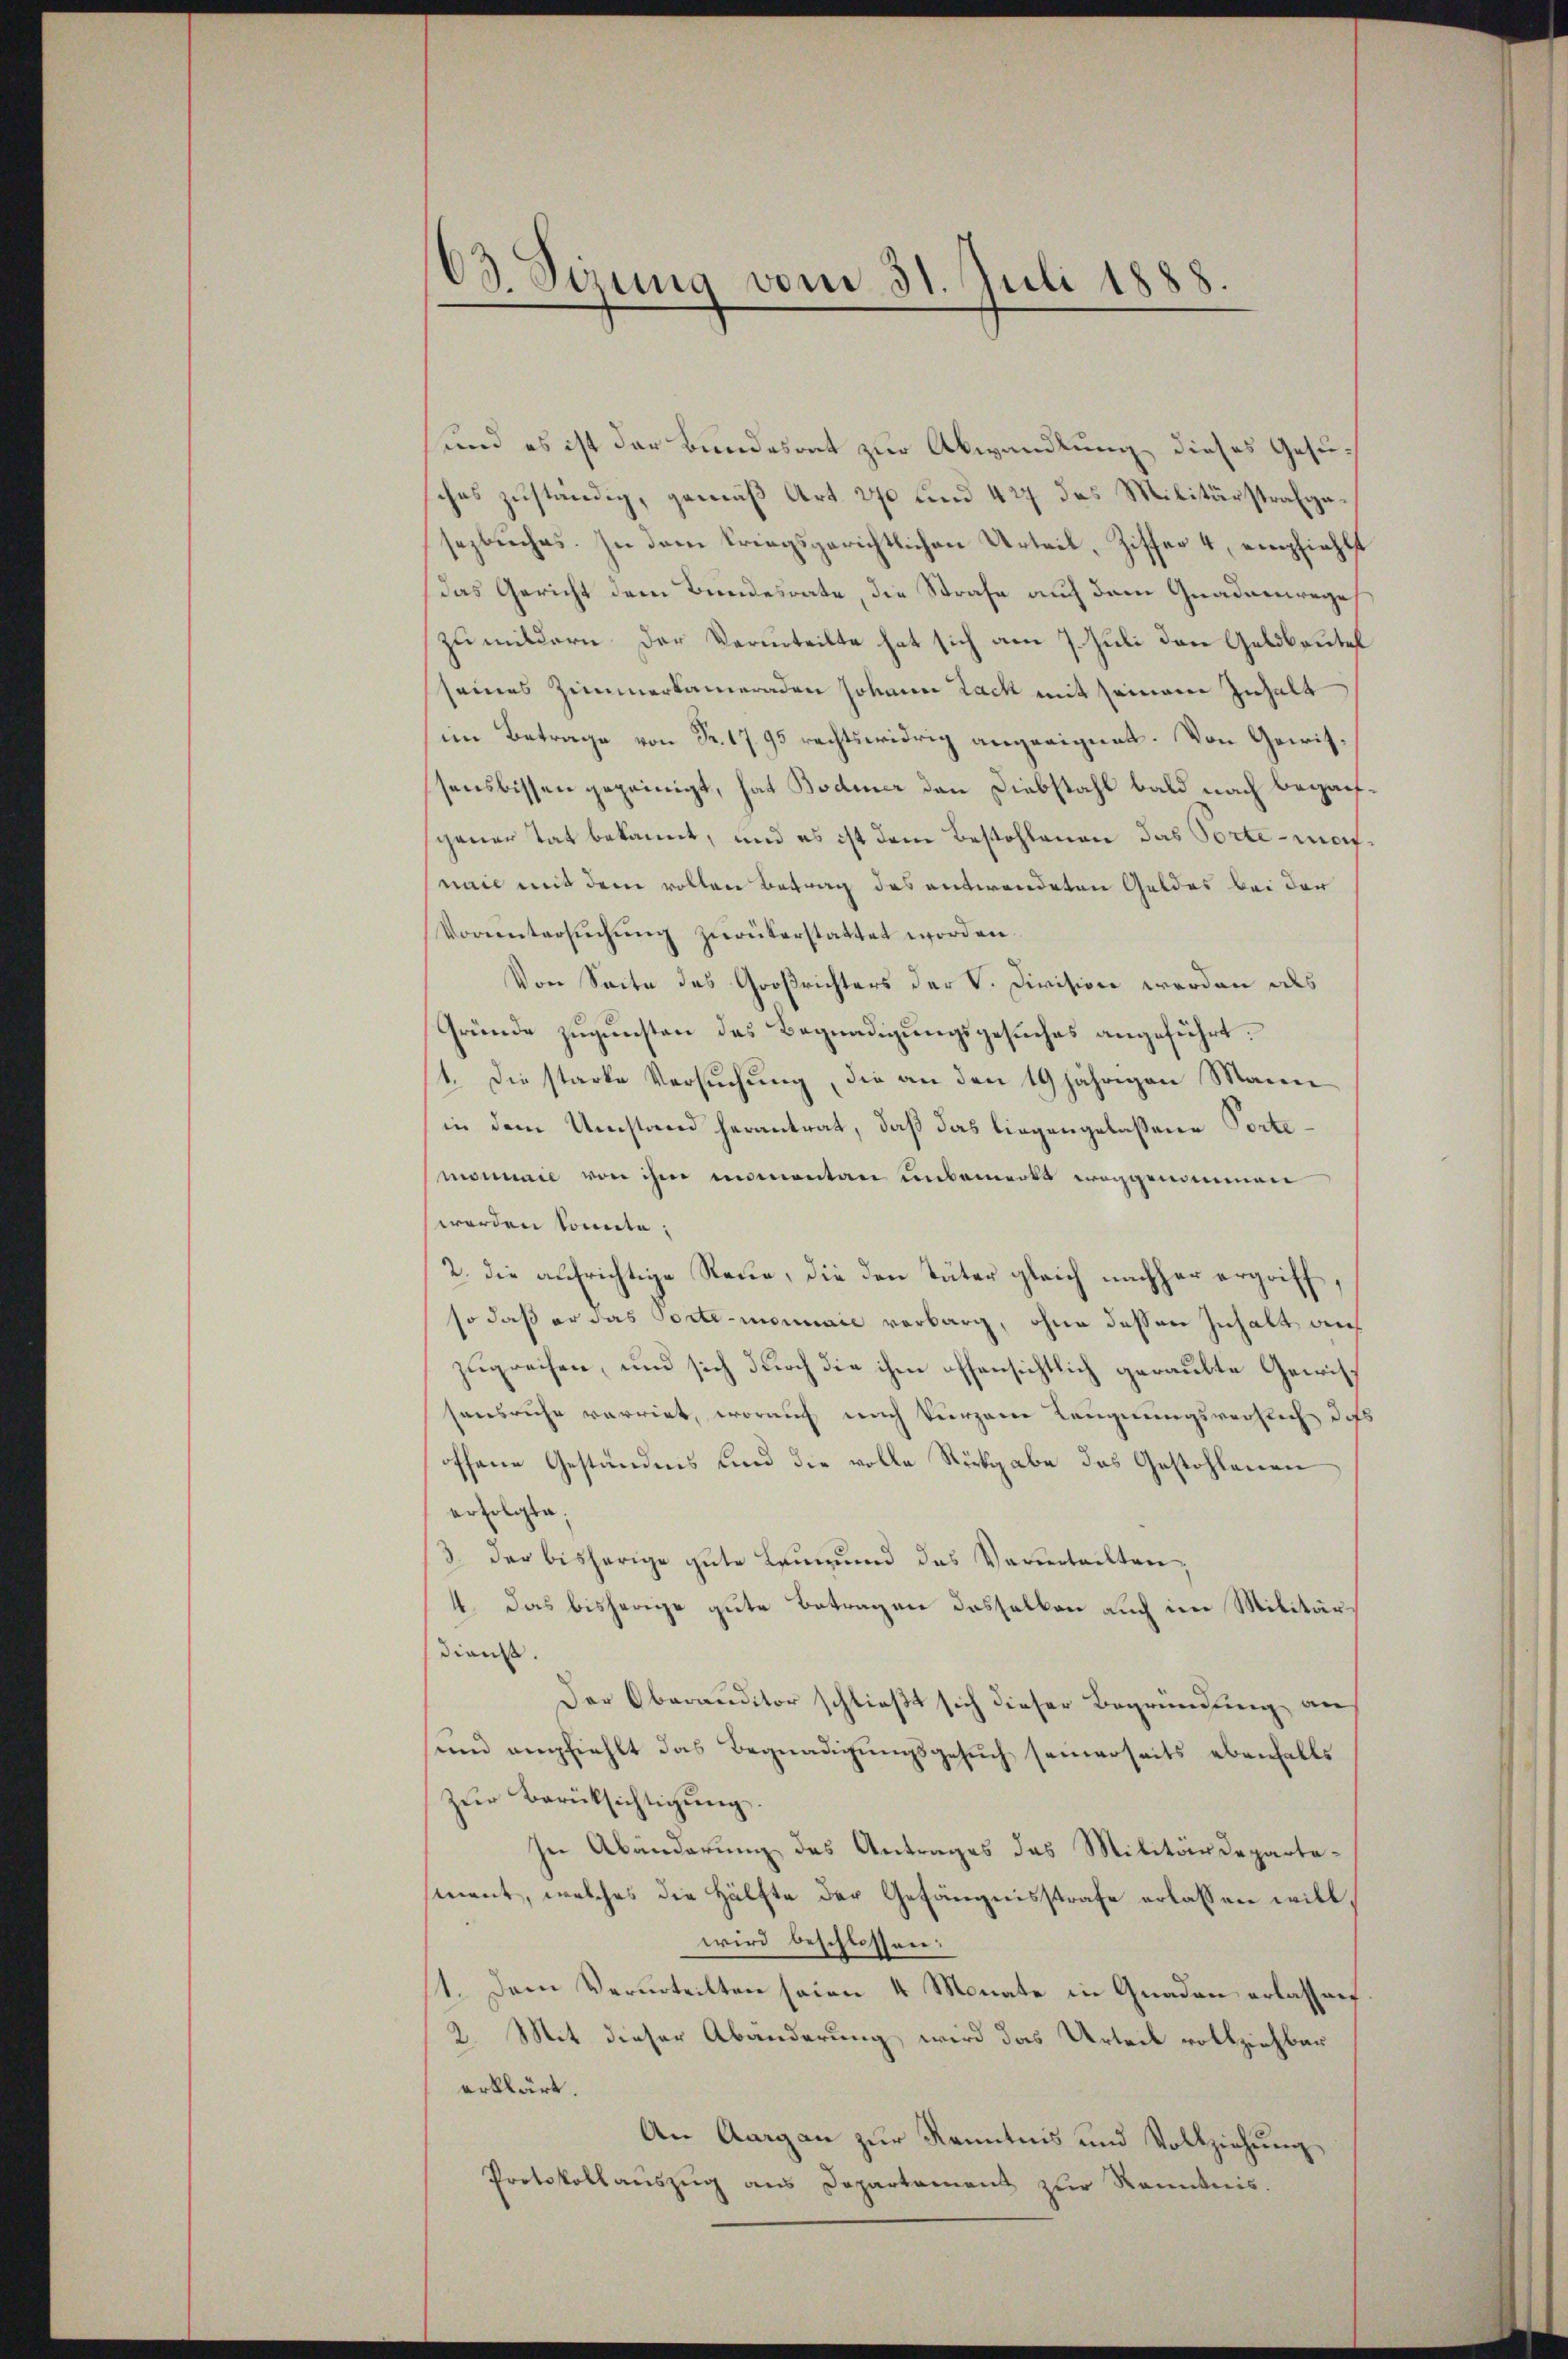
O3. Sizung vom 31. Juli 1888.

und es ist der Bundesrat zur Abwandlung dieses Gesuches zuständig, gemäß Art. 270 und 427 das Militärstrafgasezbuches. In dem Kriegsgerichtlichen Urteil, Ziffer 4, empfiehlt
das Gericht dem Bundesrate, die Strafe auf dem Gnadenrege
zu mildern der Verurteilte hat sich am 7. Juli den Geldbeutel
seines Zimmerkameraden Johann Lack mit seinem Inhalt
im Betrage von Fr. 1795 rechtswidrig angeeignet. Von Gewisssensbissen gepeinigt, hat Bodmer den Diebstahl bald nach beganfschener Tat bekannt, und es ist dem Bestohlenen das Porte marnaie mit dem vollen Betrag des entwendeten Geldes bei der
Vorŭntersŭchŭng zurükerstattet worden.
Von Seite des Großrichters der V. Division werden als
Gründe zugunsten das Begnadigungsgesuches angeführt.
1. Die starke Versuchung, die an den 19 jährigen Mann
in dem Umstand herantrat, daß das liegengelassene Tortemonnail von ihm momentan unbemerts weggenommen
werden Sonnte;
2. die aufrichtige Reue, die den Täter gleich nachher ergriff,
so daß er das Portemonnaie verbarg, ohne dessen Inhalt auf
zugreifen, und sich durch die ihm offensichtlich geraubte Gewissausruhe verriet, worauf nach kurzene Leugnungsverhach dass
offene Geständnis und die volle Rückgabe des Gestohlenen
erfolgte,
3. der bisherige gute Leumund das Verinteilten¬
4. Das bisherige gute Betragen desselben auch im Militärdienst
Der Oberauditor schließt sich dieser Begründung an
und empfiehlt das Begnadigungsgesuch seinerseits ebenfalls
zŭr Berücksichtigŭng.
In Abänderung des Antrages das Militärdepartesment, welches die Hälfte der Gefängnisstrafe erlassen will,
wird beschlossen:
1. Dem Verurteilten seien 4 Monate in Gnaden erlassen.
2. Mit dieser Abänderung wird das Urteil vollziehbar
erklärt.
An Aargau zur Kenntnis und Vollziehung
Protokollanszŭg ans Departament zŭr Kenntnis.